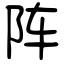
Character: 阵